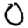
Digit: 0